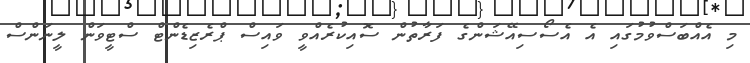
މި އެއްބަސްވުމުގައި އެ އެސޯސިއޭޝަންގެ ފަރާތުން ސޮއިކުރެއްވީ ވައިސް ޕްރެޒިޑެންޓް ސްޓީވަން ލީނަންސް